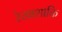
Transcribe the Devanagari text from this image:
रेखाशाक्ति